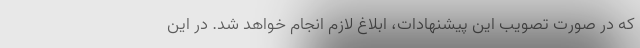
که در صورت تصویب این پیشنهادات، ابلاغ لازم انجام خواهد شد. در این